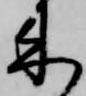
来